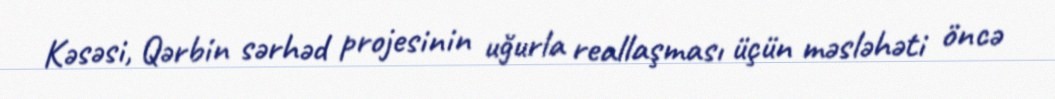
Kəsəsi, Qərbin sərhəd projesinin uğurla reallaşması üçün məsləhəti öncə